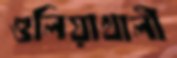
গুলিয়াখালী